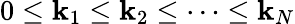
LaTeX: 0\le\mathbf{k}_{1}\le\mathbf{k}_{2}\le\dots\le\mathbf{k}_{N}